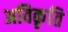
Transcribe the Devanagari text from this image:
अविकृति